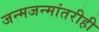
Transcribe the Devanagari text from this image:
जन्मजन्मांतरीही